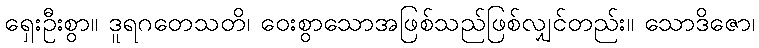
ရှေးဦးစွာ။ ဒူရဂတေသတိ၊ ဝေးစွာသောအဖြစ်သည်ဖြစ်လျှင်တည်း။ သောဒိဇော၊